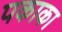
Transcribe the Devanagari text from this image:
पकाका